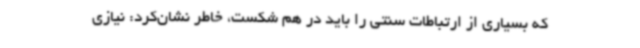
که بسیاری از ارتباطات سنتی را باید در هم شکست، خاطر نشان‌کرد: نیازی